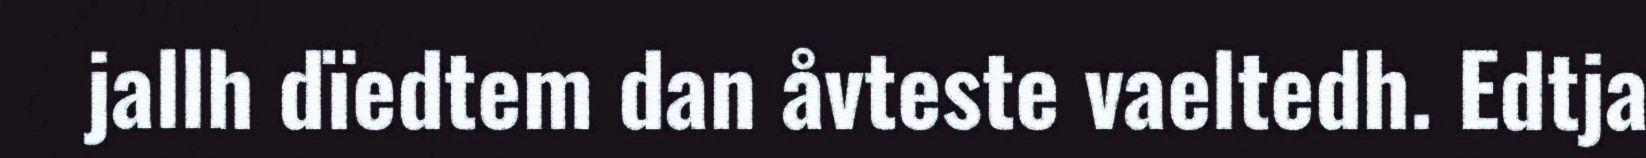
jallh dïedtem dan åvteste vaeltedh. Edtja